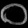
Digit: ၀